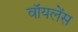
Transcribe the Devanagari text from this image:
वॉयलेंस